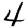
Digit: 4